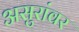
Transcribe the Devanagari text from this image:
असुरांवर